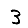
Digit: 3